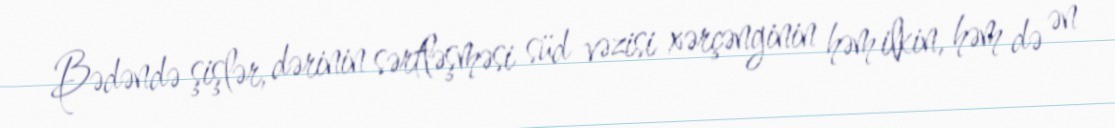
Bədəndə şişlər, dərinin sərtləşməsi süd vəzisi xərçənginin həm ilkin, həm də ən